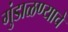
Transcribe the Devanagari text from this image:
गुंडाळण्याचे